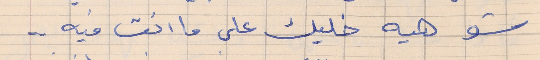
شو هيه خليك على ما انت فيه . .